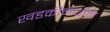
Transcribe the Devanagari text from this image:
खडकीमधील